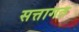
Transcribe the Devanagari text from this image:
सत्तागत